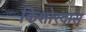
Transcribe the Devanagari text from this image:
किशोरदास